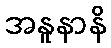
အနူနာနိ